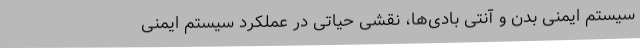
سیستم ایمنی بدن و آنتی بادی‌ها، نقشی حیاتی در عملکرد سیستم ایمنی